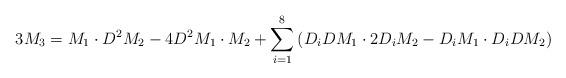
LaTeX: \begin{align*}3 M_3 = M_1 \cdot D^2 M_2 - 4 D^2 M_1 \cdot M_2 +\sum_{i=1}^{8} \left( D_i D M_1 \cdot 2 D_i M_2 - D_i M_1 \cdot D_i D M_2 \right)\end{align*}